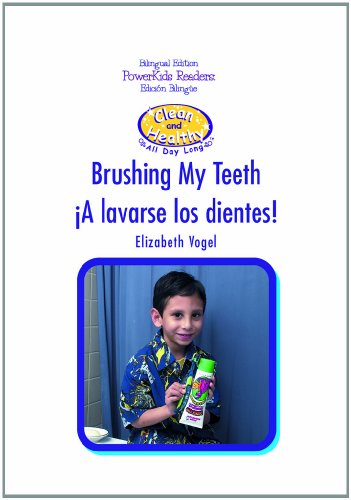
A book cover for A Lavarse los Dientes/Brushing My Teeth (Limpieza y Salud Todo el Dia) (Spanish Edition); Elizabeth Vogel; Teen & Young Adult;